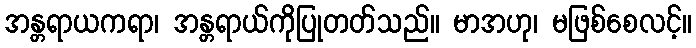
အန္တရာယကရာ၊ အန္တရာယ်ကိုပြုတတ်သည်။ မာအဟု၊ မဖြစ်စေလင့်။